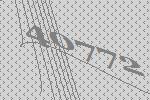
40772